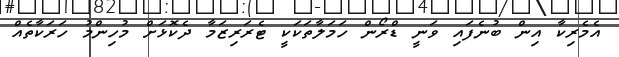
އެމެރިކާ އިން ބުނެފައި ވަނީ ޑްރޯން ހަމަލާތަކަކީ ޓެރަރިޒަމާ ދެކޮޅަށް މުހިންމު ހަރަކާތެއް